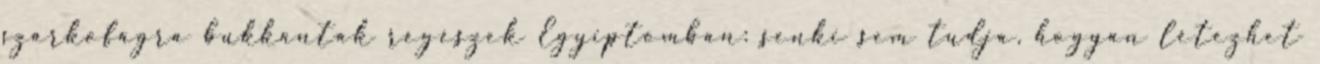
szarkofágra bukkantak régészek Egyiptomban: senki sem tudja, hogyan létezhet